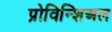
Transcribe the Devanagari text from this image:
प्रोविन्शिअल